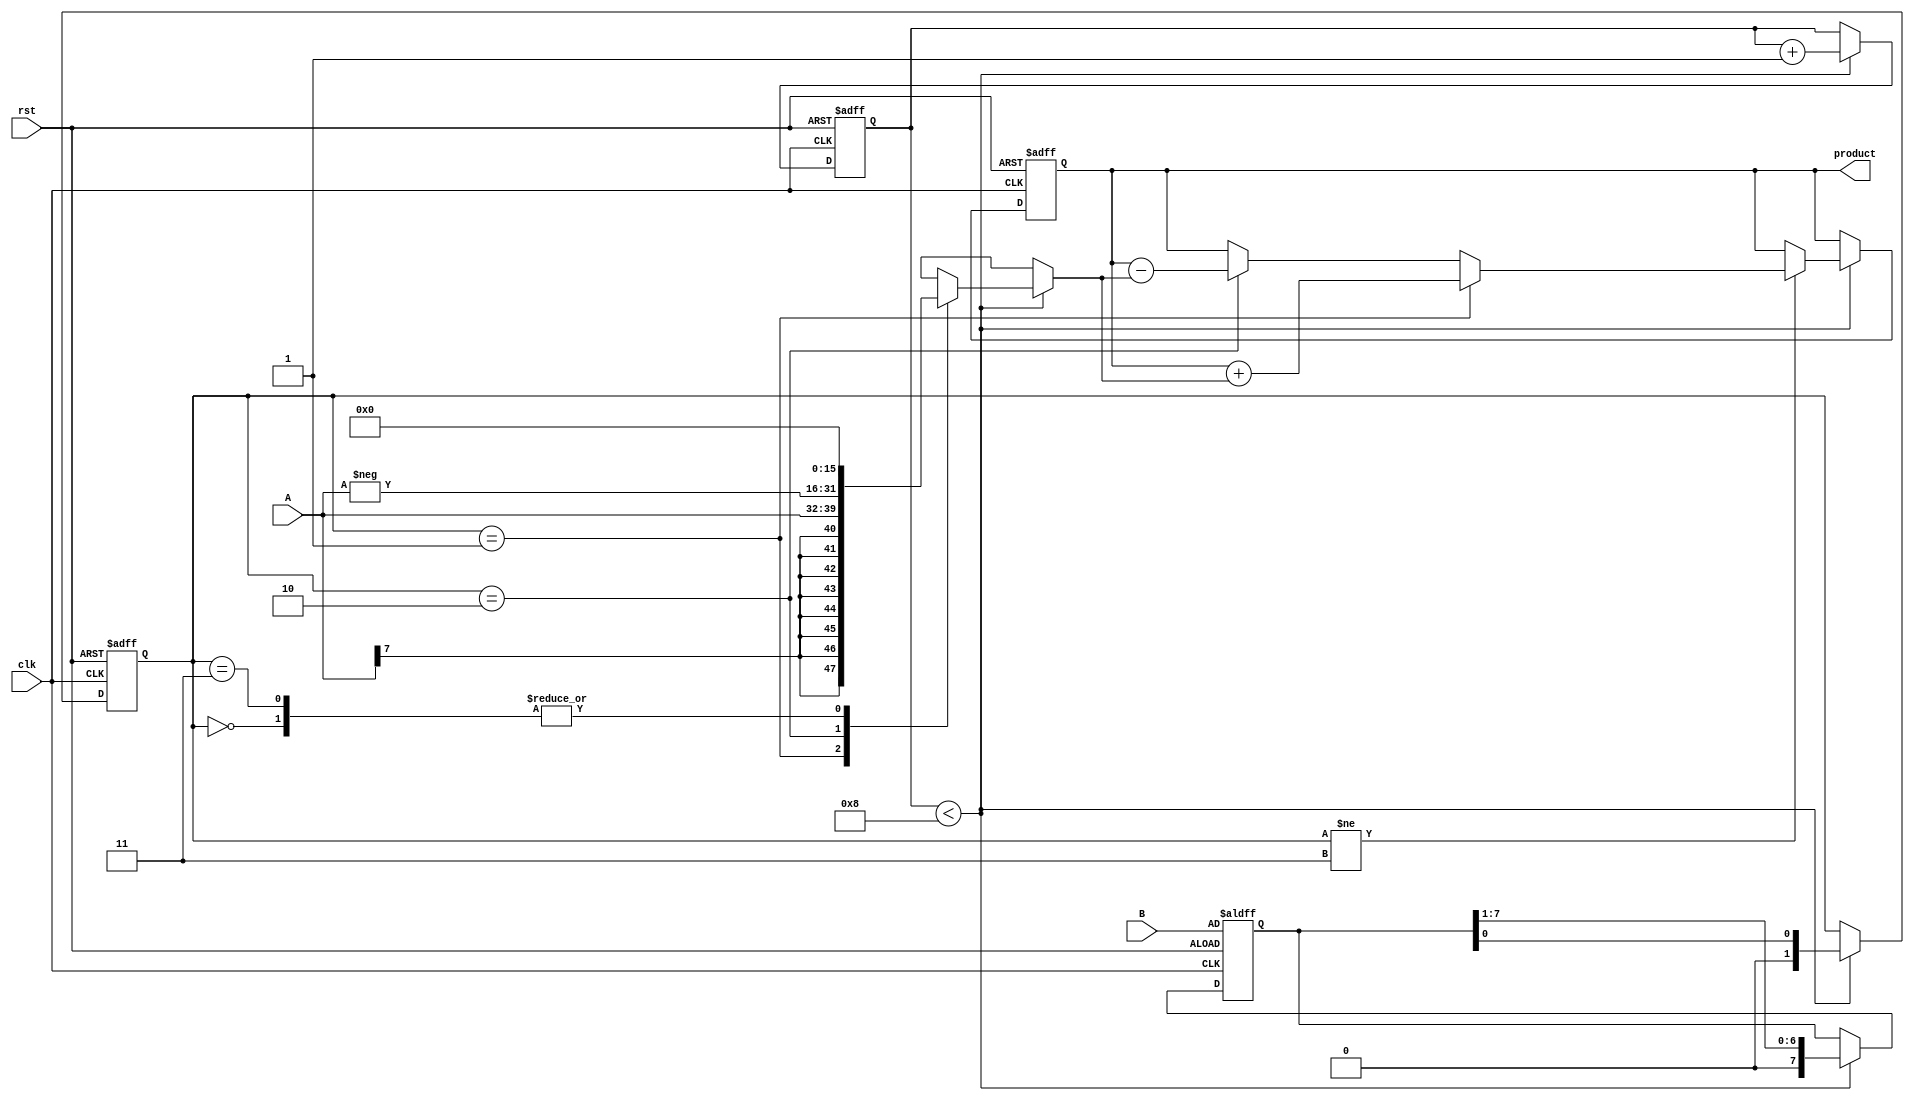
module ModifiedBoothMultiplier #(parameter N = 8) (
    input signed [N-1:0] A,     // Multiplicand
    input signed [N-1:0] B,     // Multiplier
    input clk,                  // Clock signal
    input rst,                  // Reset signal
    output reg signed [2*N-1:0] product // Product output
);

    reg [2*N-1:0] PP;           // Partial product accumulator
    reg [N-1:0] B_reg;          // Registered multiplier
    reg [N:0] count;            // Count for iterations
    reg [1:0] Booth_bits;       // Encoded bits
    reg [1:0] prev_bit;         // Previous bit for encoding
    reg done;                   // Done flag

    // Initial values
    initial begin
        product = 0;
        PP = 0;
        count = 0;
        done = 0;
        prev_bit = 0;
    end

    // Booth multiplier logic
    always @(posedge clk or posedge rst) begin
        if (rst) begin
            product <= 0;
            PP <= 0;
            count <= 0;
            done <= 0;
            prev_bit <= 0;
            B_reg <= B;
        end else begin
            if (count < N) begin
                // Booth encoding of B
                Booth_bits = {B_reg[0], prev_bit}; // Take two bits and previous bit
                prev_bit = B_reg[0]; // Update previous bit for next cycle
                B_reg = {1'b0, B_reg[N-1:1]}; // Shift right B_reg

                // Generate partial product based on Booth encoding
                case (Booth_bits)
                    2'b00: PP = 0;                  // Multiply by 0
                    2'b01: PP = A;                  // Multiply by +1
                    2'b10: PP = -A;                 // Multiply by -1
                    2'b11: PP = 0;                  // Multiply by 0
                endcase

                // Accumulate result
                if (Booth_bits != 2'b11) begin
                    if (Booth_bits == 2'b01)
                        product <= product + PP; // Add
                    else if (Booth_bits == 2'b10)
                        product <= product - PP; // Subtract
                end
                
                count <= count + 1; // Increment count
            end else begin
                done <= 1; // Done flag after completing iterations
            end
        end
    end

endmodule